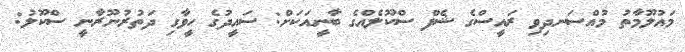
މައުލޫމާތު މުއްސަނދިވި ރައީސްގެ ޝެފް ސްކޫލެއްގެ ބާނީއަކަށް: ސައީދުގެ ހީވާގި ދަތުރުނޫރާނީ ސްކޫލު: